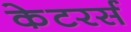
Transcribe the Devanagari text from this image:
केटरर्स